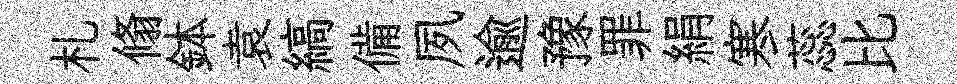
札翛鉢袁縞備夙逾豫罪絹寒蕊比